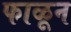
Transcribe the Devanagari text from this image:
फाळून